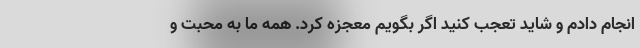
انجام دادم و شاید تعجب کنید اگر بگویم معجزه کرد. همه ما به محبت و